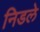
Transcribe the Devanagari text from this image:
निडले